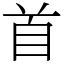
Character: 首